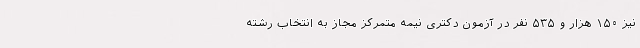
نیز ۱۵۰ هزار و ۵۳۵ نفر در آزمون دکتری نیمه متمرکز مجاز به انتخاب رشته